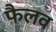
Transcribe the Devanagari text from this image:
फैलव